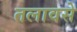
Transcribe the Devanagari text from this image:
तलावसे